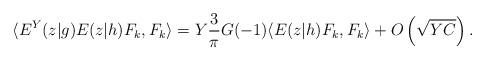
LaTeX: \begin{align*} \langle E^Y(z|g) E(z|h) F_k, F_k \rangle=Y \frac{3}{\pi} G(-1) \langle E(z|h) F_k, F_k \rangle+O\left( \sqrt{YC} \right).\end{align*}